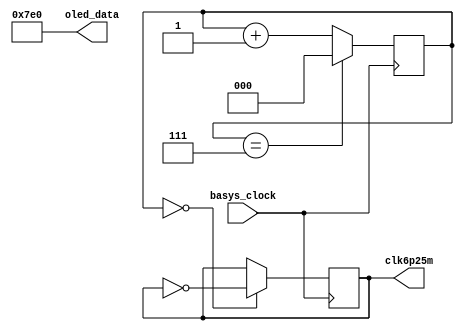
`timescale 1ns / 1ps
//////////////////////////////////////////////////////////////////////////////////
// Company: 
// Engineer: 
// 
// Design Name: 
// Module Name: clock_oled1
// Project Name: 
// Target Devices: 
// Tool Versions: 
// Description: 
// 
// Dependencies: 
// 
// Revision:
// Revision 0.01 - File Created
// Additional Comments:
// 
//////////////////////////////////////////////////////////////////////////////////


module clk_oled1(
    input basys_clock,
    
    output reg clk6p25m = 0,
    
    output[15:0] oled_data
    );
    
    assign oled_data=16'h07E0;
    
    reg [2:0] count=0;
        always @ (posedge basys_clock)
        begin
        count<=(count==7)?0:count+1;
        clk6p25m<=(count==0)?~clk6p25m:clk6p25m;
        end
    
    
        
    endmodule